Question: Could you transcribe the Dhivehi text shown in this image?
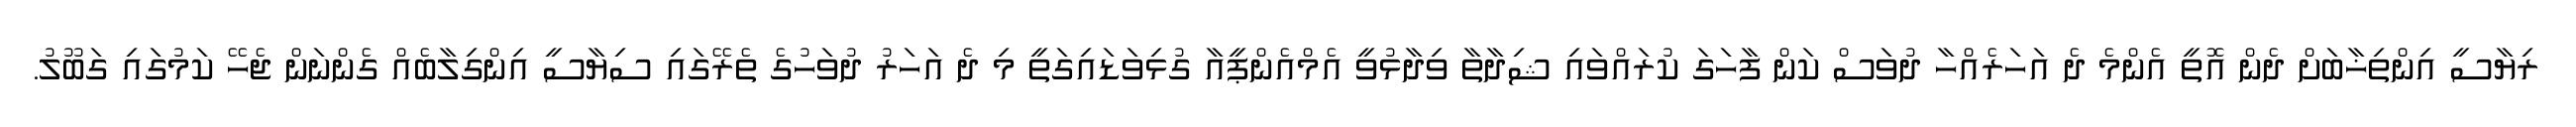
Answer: ރިޔާސީ އިންތިޚާބަށް ދެން އޮތީ އެންމެ ދެ އަހަރެއްހާ ދުވަސް ކަން ފާހަގަ ކުރައްވައި ޝިދާތާ ވިދާޅުވީ އެމްއެންޕީއާ ގުޅިވަޑައިގަތީ މި ދެ އަހަރު ދުވަހުގެ ތެރޭގައި ސިޔާސީ އިންގިލާބެއް ގެންނަން ޖެހޭ ކަމުގައި ގަބޫލު.